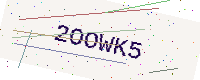
Text: 2OOWK5